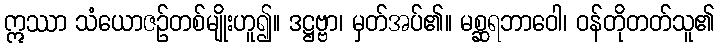
ဣဿာ သံယောဇဉ်တစ်မျိုးဟူ၍။ ဒဋ္ဌဗ္ဗာ၊ မှတ်အပ်၏။ မစ္ဆရဘာဝေါ၊ ဝန်တိုတတ်သူ၏